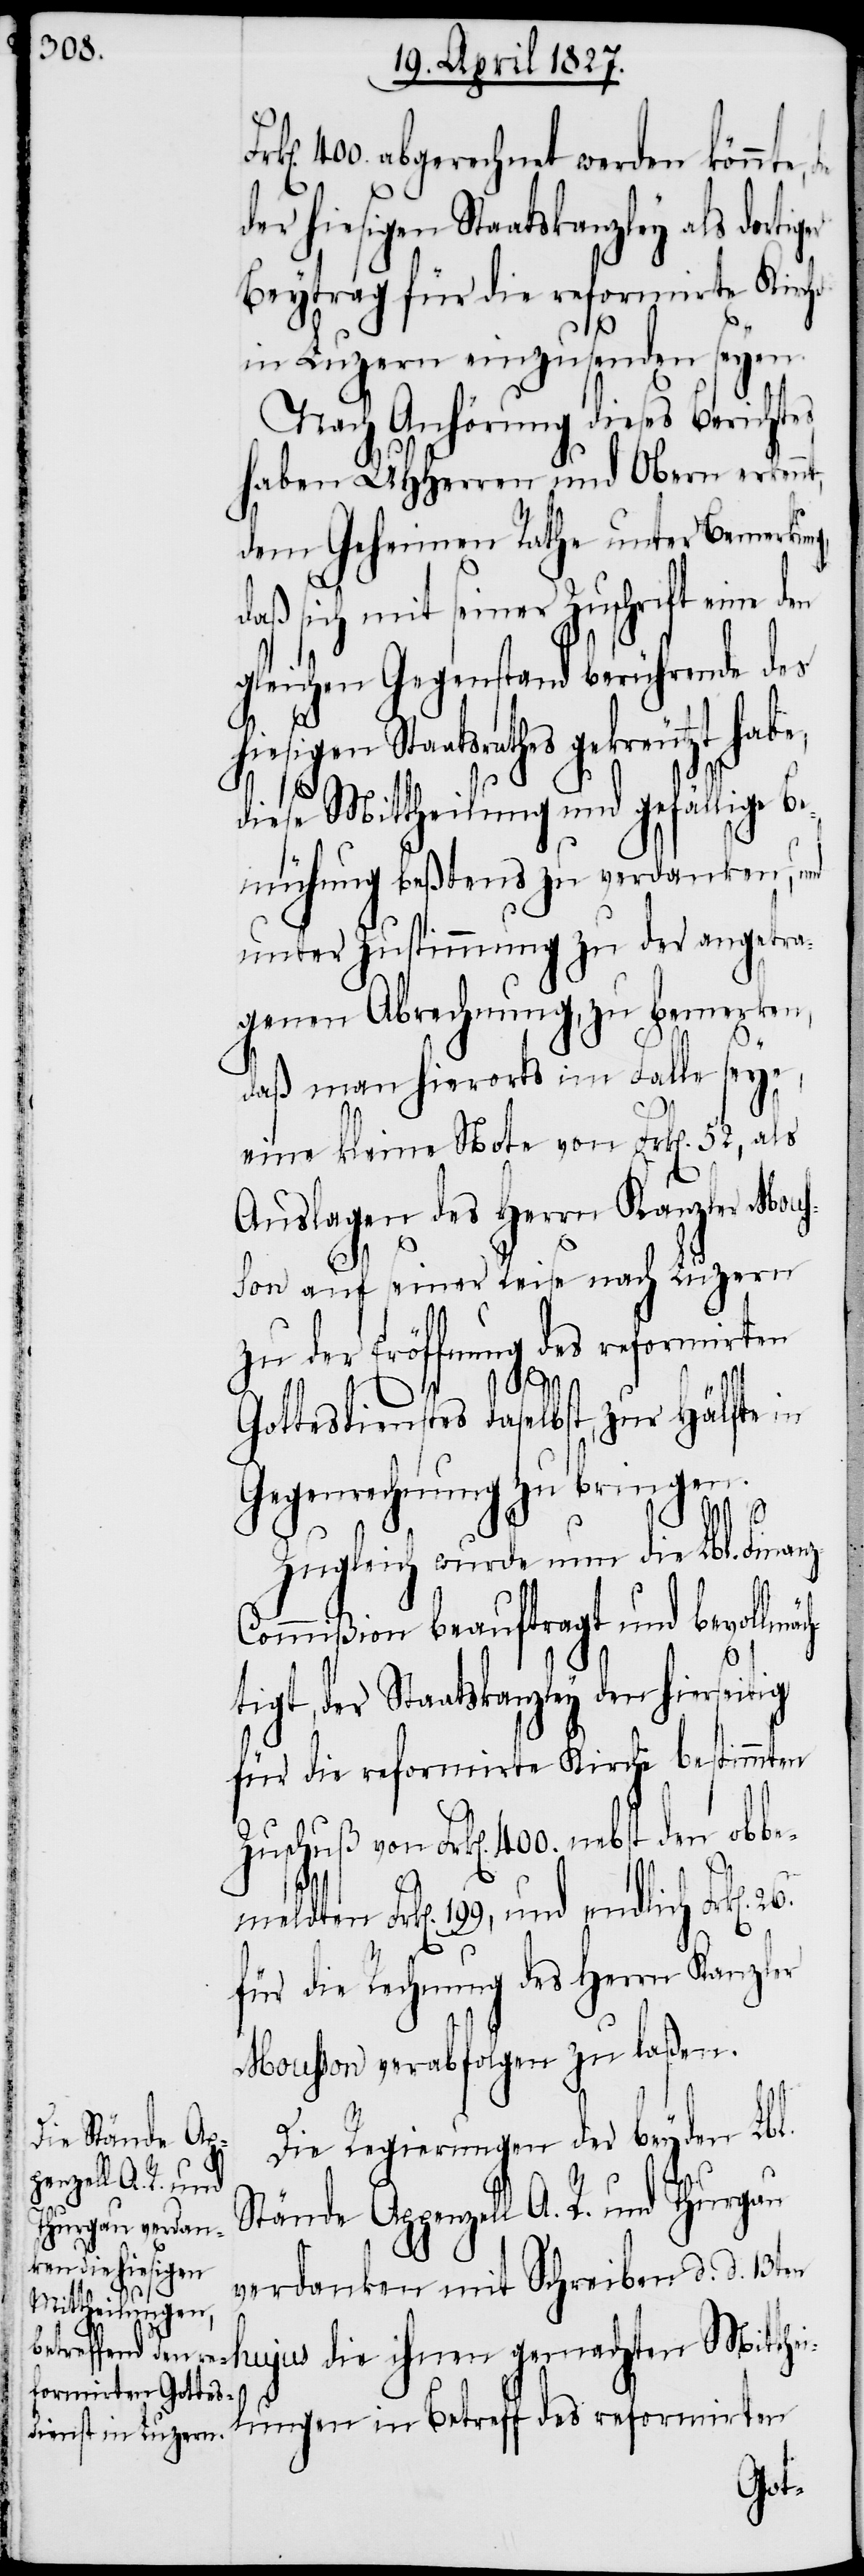
400. abgerechnet werden könnte,
der hiesigen Staatskanzley als dortig¬
Beytrag für die reformirte Kirche
in Luzern einzusenden seyen.
Nach Anhörung dieses Berichte¬
haben UHHerren und Obern erkennt,
dem Geheimen Rathe unter Bemerkung,
daß sich mit seiner Zuschrift eine den
gleichen Gegenstand berührende des
hiesigen Staatsrathes
diese Mittheilung und gefällige
Bemühung beßtens zu verdanken, und
unter Zustimmung zu der angetra¬
genen Abrechnung, zu bemerken,
daß man hierorts im Falle seye,
eine kleine Note von Frk[en]. 52, als
Auslagen des Herrn Kanzler Mous¬
son auf seiner Reise nach Luzern
zu der Eröffnung des reformirten
n].
er
Gottesdienstes daselbst, zur Hälfte in
Gegenrechnung zu bringen.
26.
Zugleich wurde nun die Lbl. Finanz-C¬
ommißion beauftragt und bevollmä¬
tigt, der Staatskanzley den hierseit¬
für die reformirte Kirche bestimmten
Zuschuß von Frk[en]. 400. nebst den obbe¬
Frk[en]. 199, und endlich Frk[e¬
für die Rechnung des Herrn Kanzler
Mousson verabfolgen zu laßen.
Die Regierungen der beyden Lbl.
Stände Appenzell A. R. und Thurgau
verdanken mit Schreiben d. d. 13t¬
en hujus die ihnen gemachten Mitthei¬
lungen in Betreff des reformirten